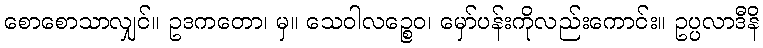
စောစောသာလျှင်။ ဥဒကတော၊ မှ။ သေဝါလဉ္စေဝ၊ မှော်ပန်းကိုလည်းကောင်း။ ဥပ္ပလာဒီနိ